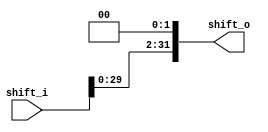
module shift_Lft_2 #(
    parameter IN_length=32,
    parameter Out_length=32
) ( 
    input wire [IN_length-1:0] shift_i,
    output wire [Out_length-1:0] shift_o

);
//assign shift_o={shift_i,2'b0};
assign shift_o=shift_i<<2;   

endmodule